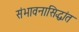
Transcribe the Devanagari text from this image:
संभावनासिद्धांत